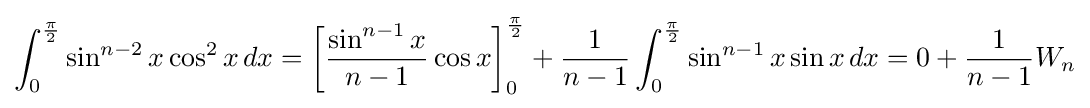
\int _{0}^{\frac {\pi }{2}}\sin ^{n-2}x\cos ^{2}x\,dx=\left[{\frac {\sin ^{n-1}x}{n-1}}\cos x\right]_{0}^{\frac {\pi }{2}}+{\frac {1}{n-1}}\int _{0}^{\frac {\pi }{2}}\sin ^{n-1}x\sin x\,dx=0+{\frac {1}{n-1}}W_{n}